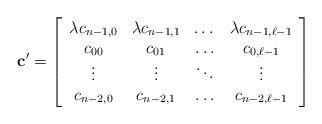
LaTeX: \begin{align*} \textbf{c}'=\left[\begin{array}{cccc}\lambda c_{n-1,0}&\lambda c_{n-1,1}&\dots&\lambda c_{n-1,\ell-1}\\c_{00}&c_{01}&\ldots&c_{0,\ell-1}\\\vdots&\vdots&\ddots&\vdots\\c_{n-2,0}&c_{n-2,1}&\ldots&c_{n-2,\ell-1}\end{array}\right]\end{align*}